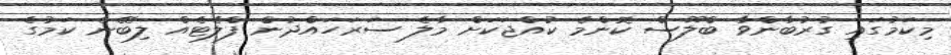
މިކަމުގައި ގުރުބާންވާ ބްލޫސް ކޮންމެ ކުއްޖަކަށް މާލެ ސަރަހައްދުން ފްލެޓެއް ލިބޭނެ ކަމުގެ